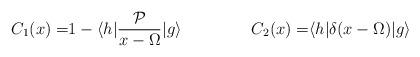
LaTeX: \begin{align*} C_1(x)=&1- \langle h| \frac {\mathcal{P}}{x-\Omega}| g \rangle & C_2(x)=& \langle h| \delta(x- \Omega) |g \rangle \end{align*}